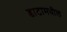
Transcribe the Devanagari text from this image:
डाटामधील